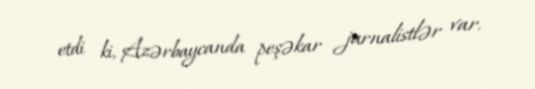
etdi ki, Azərbaycanda peşəkar jurnalistlər var.